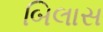
બિલાસ